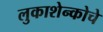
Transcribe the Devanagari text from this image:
लुकाशेन्कोचे